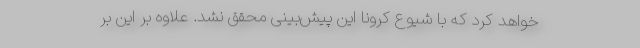
خواهد کرد که با شیوع کرونا این پیش‌بینی محقق نشد. علاوه بر این بر